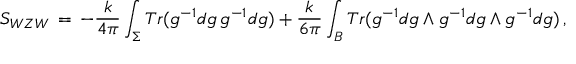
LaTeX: { \cal S } _ { W Z W } \, = \, - \frac { k } { 4 \pi } \int _ { \Sigma } T r ( g ^ { - 1 } d g \, g ^ { - 1 } d g ) + \frac { k } { 6 \pi } \int _ { B } T r ( g ^ { - 1 } d g \wedge g ^ { - 1 } d g \wedge g ^ { - 1 } d g ) \, ,